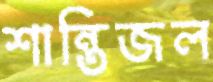
শান্তিজল